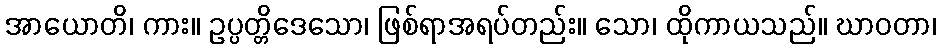
အာယောတိ၊ ကား။ ဥပ္ပတ္တိဒေသော၊ ဖြစ်ရာအရပ်တည်း။ သော၊ ထိုကာယသည်။ ဃာဝတာ၊